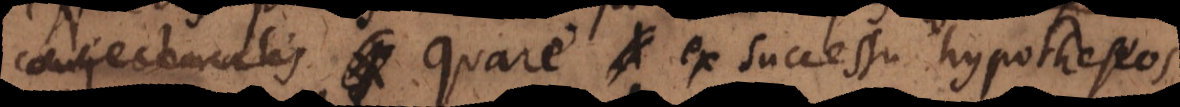
conjecturalis Quare ex successu hypotheseos